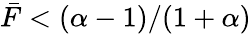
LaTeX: \bar{F}<(\alpha-1)/(1+\alpha)